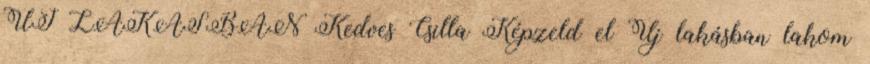
ÚJ LAKÁSBAN Kedves Csilla Képzeld el Új lakásban lakom